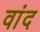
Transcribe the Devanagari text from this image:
वांद